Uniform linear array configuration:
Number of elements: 32
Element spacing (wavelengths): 1
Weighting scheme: blackman
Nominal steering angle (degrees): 0
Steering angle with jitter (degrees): -0.7273
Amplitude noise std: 0.05
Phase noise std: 0.05

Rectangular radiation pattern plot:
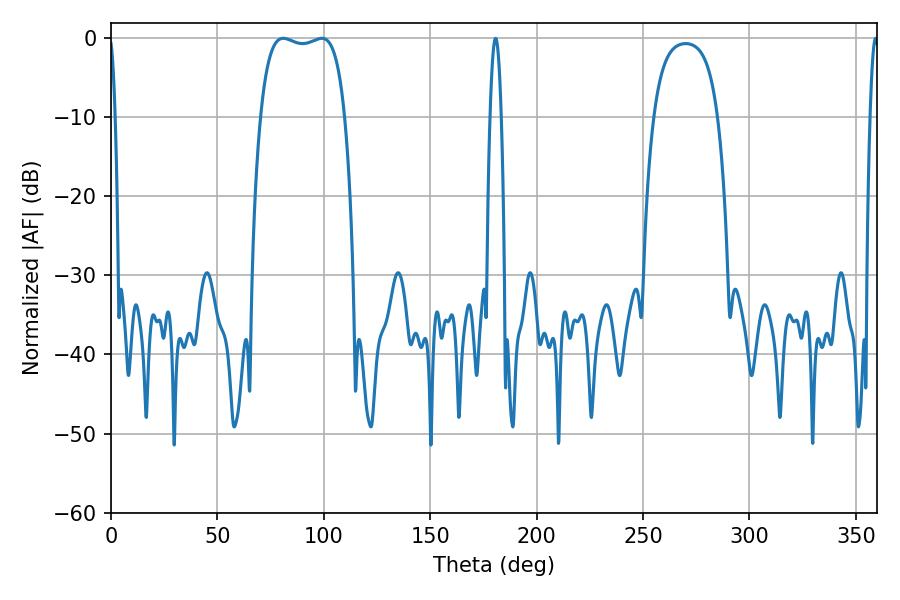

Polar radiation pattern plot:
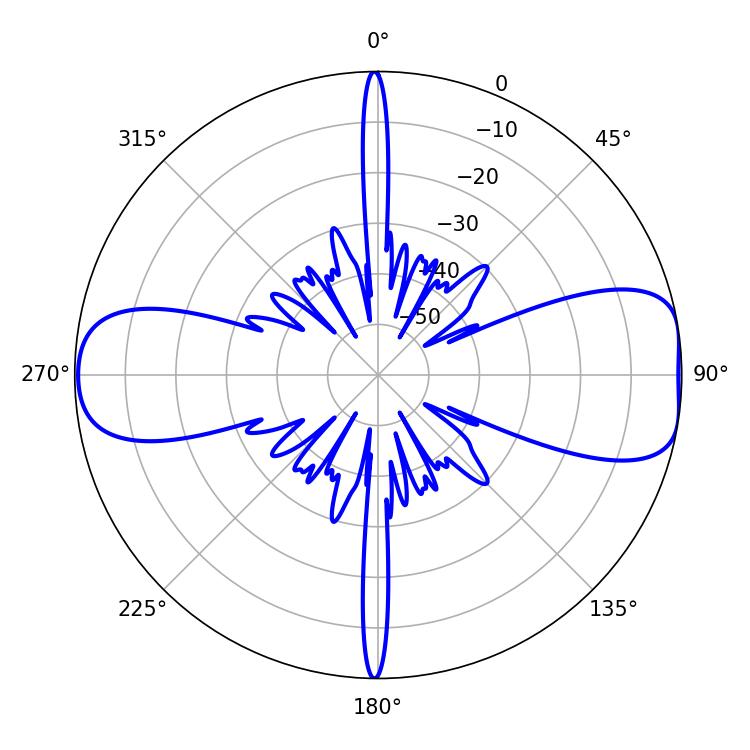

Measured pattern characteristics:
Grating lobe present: TRUE
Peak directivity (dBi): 9.572
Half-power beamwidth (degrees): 2.88
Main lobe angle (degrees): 180.72